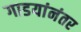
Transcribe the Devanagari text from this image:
गाडयांनंतर